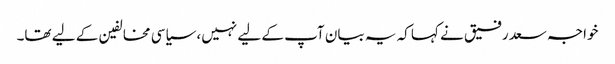
خواجہ سعد رفیق نے کہا کہ یہ بیان آپ کے لیے نہیں، سیاسی مخالفین کے لیے تھا۔